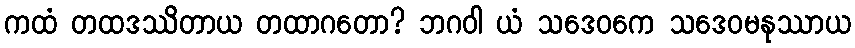
ကထံ တထဒဿိတာယ တထာဂတော? ဘဂဝါ ယံ သဒေဝကေ သဒေဝမနုဿာယ